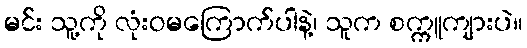
မင်း သူ့ကို လုံးဝမကြောက်ပါနဲ့၊ သူက စက္ကူကျားပဲ။